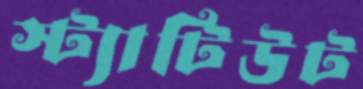
স্ট্যাটিউট